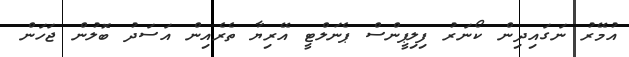
އުމޭރު ނަގައިދިން ކޯނަރު ފިލިޕީންސް ޕެނަލްޓީ އޭރިޔާ ތެރެއިން އަސަދު ބޮލުން ޖަހަން